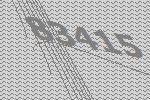
83415